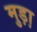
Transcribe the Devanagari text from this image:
मुड़ा़